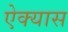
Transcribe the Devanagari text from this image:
ऐक्यास